65_HS1-834228961_62-HQ-83894_Section_4
Agency: FBI
Page 15
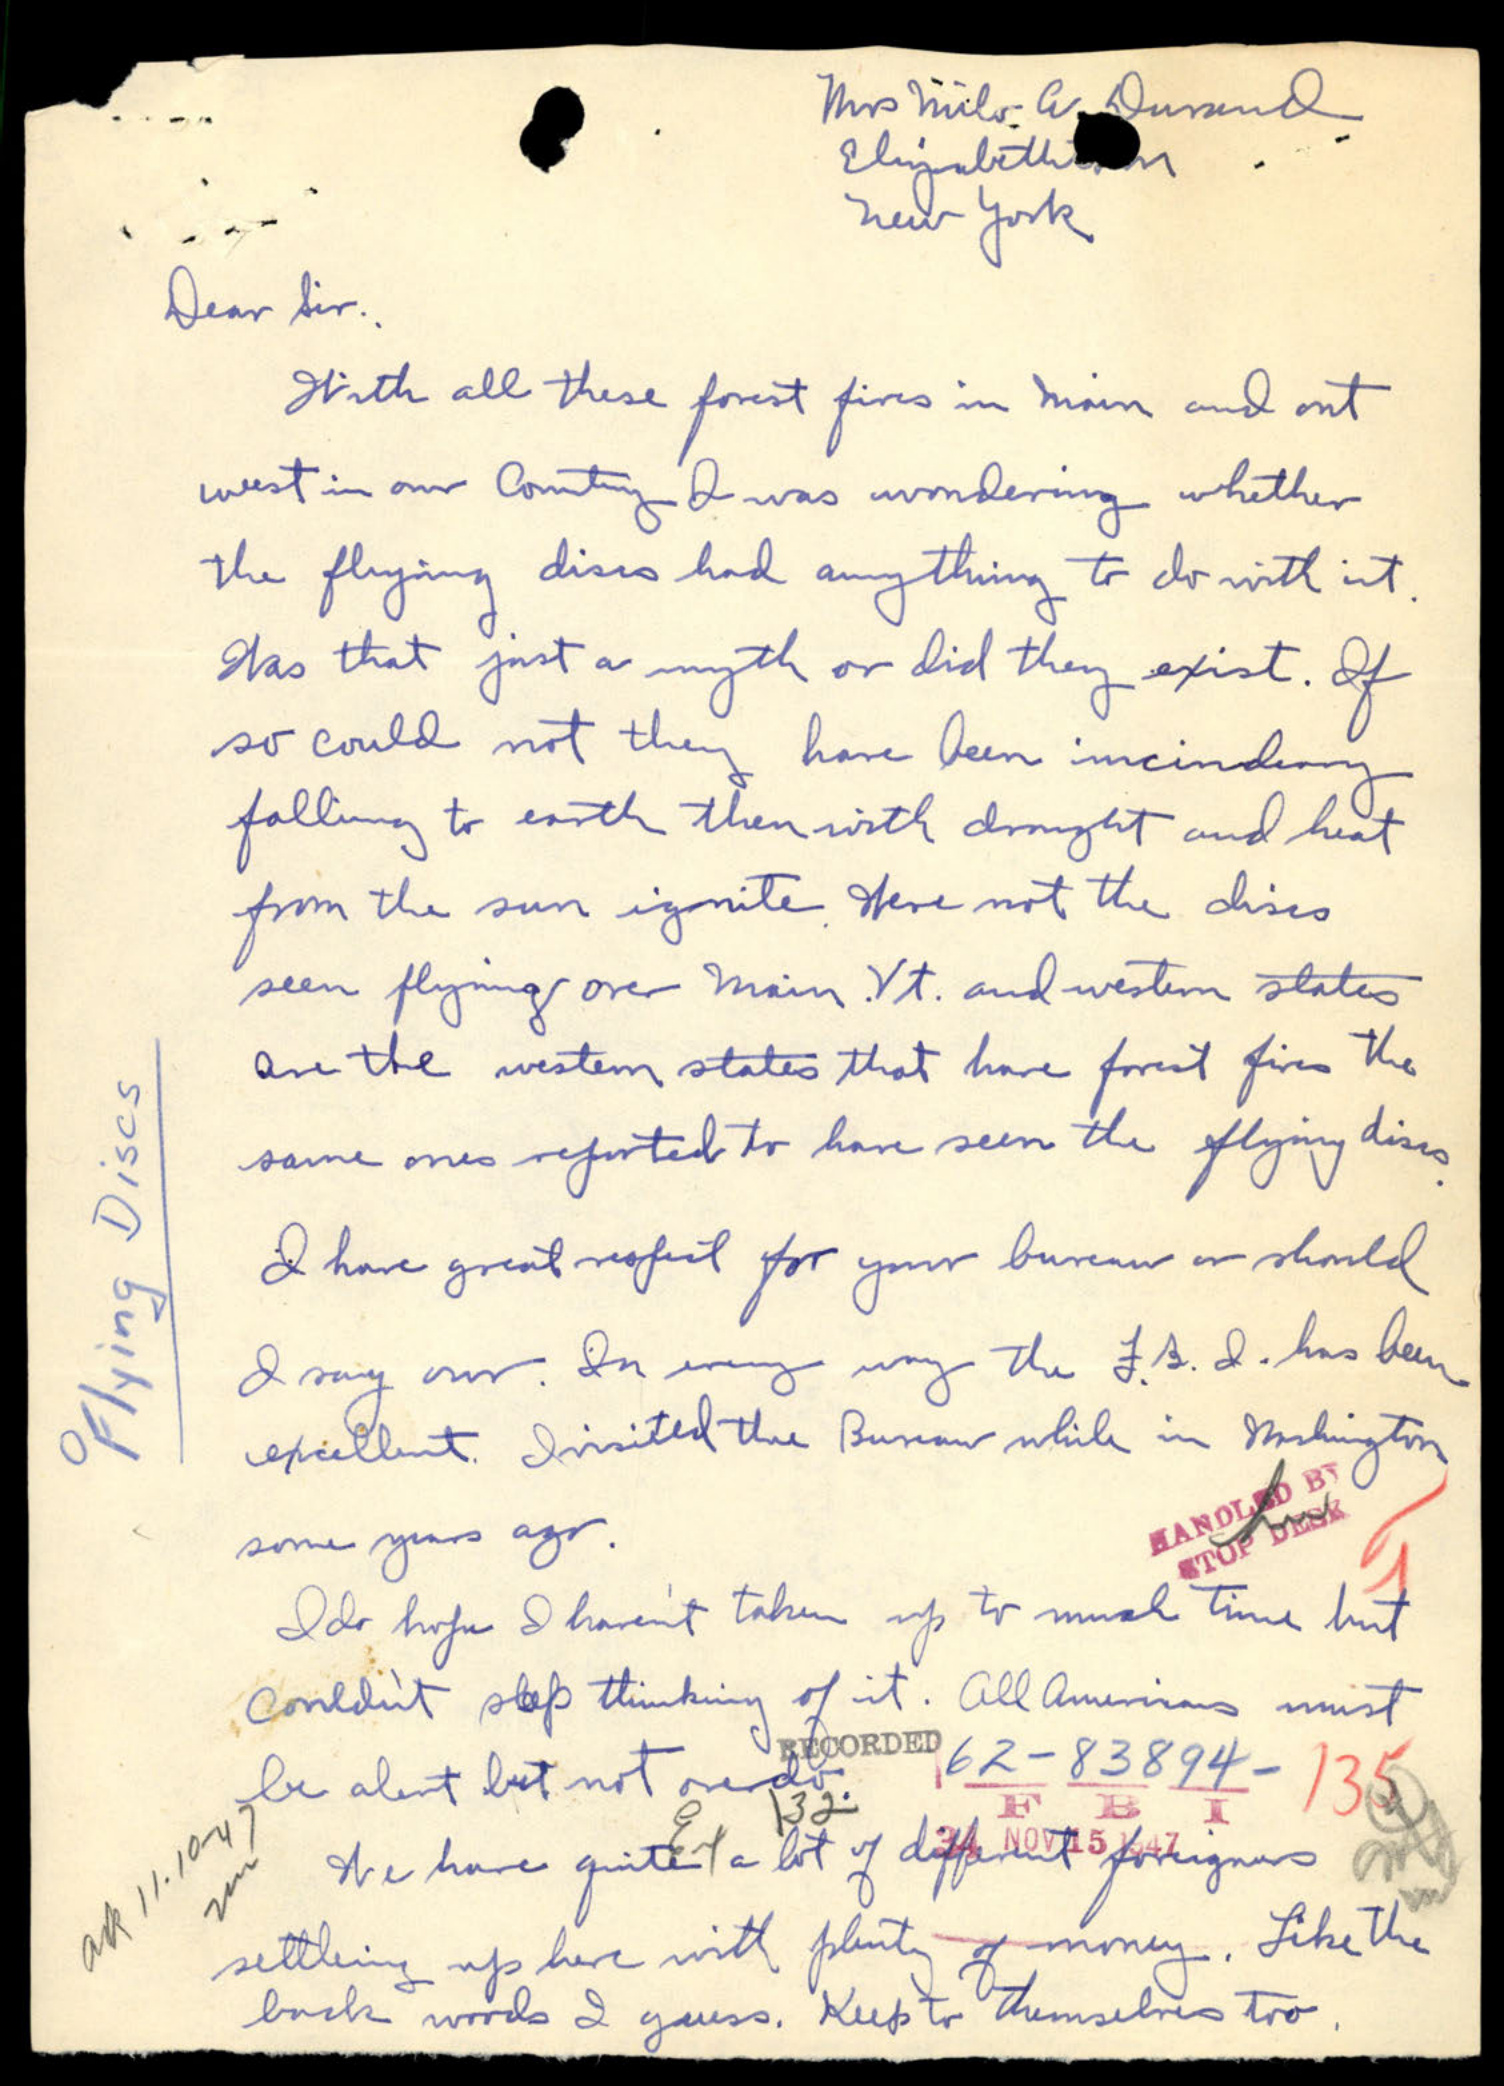